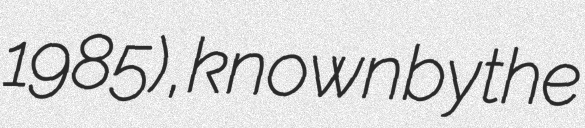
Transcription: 1985), known by the